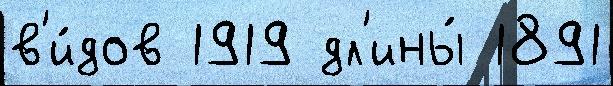
в'и́дов 1919 дл'ины́ 1891